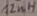
Text: 12mH